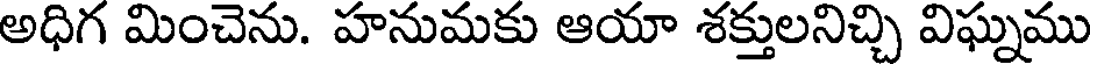
అధిగ మించెను. హనుమకు ఆయా శక్తులనిచ్చి విఘ్నము